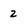
Character: 2